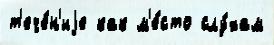
т'ече́н'иjе как м'е́сто слу́хам